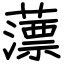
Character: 薸